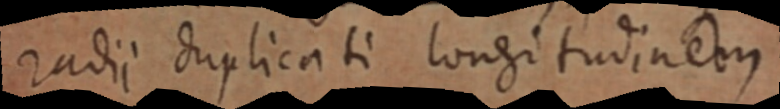
radii duplicati longitudinem